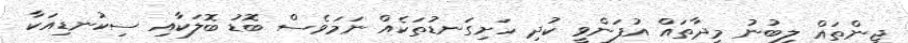
ޖީންތައް ލިބުނު މީދާތައް އުފަންވީ ކުދި ހަށިގަނޑުތަކެއް ނަމަވެސް ބޮޑު ބޮލަކާއި ސިކުނޑިއަކާ